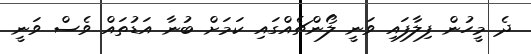
ދެ މީހުން ފިލާފައި ވަނީ ލޯންޗެއްގައި ކަމަށް ބުނާ އަޑުތައް ވެސް ވަނީ